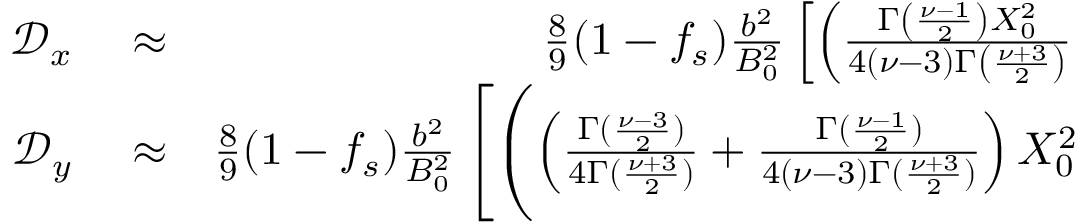
\begin{array} { r l r } { \mathcal { D } _ { x } } & { { } \approx } & { \frac { 8 } { 9 } ( 1 - f _ { s } ) \frac { b ^ { 2 } } { B _ { 0 } ^ { 2 } } \left[ \left( \frac { \Gamma \left( \frac { \nu - 1 } { 2 } \right) X _ { 0 } ^ { 2 } } { 4 ( \nu - 3 ) \Gamma \left( \frac { \nu + 3 } { 2 } \right) } \right. \right. } \\ { \mathcal { D } _ { y } } & { { } \approx } & { \frac { 8 } { 9 } ( 1 - f _ { s } ) \frac { b ^ { 2 } } { B _ { 0 } ^ { 2 } } \left[ \Biggl ( \left( \frac { \Gamma ( \frac { \nu - 3 } { 2 } ) } { 4 \Gamma ( \frac { \nu + 3 } { 2 } ) } + \frac { \Gamma ( \frac { \nu - 1 } { 2 } ) } { 4 ( \nu - 3 ) \Gamma ( \frac { \nu + 3 } { 2 } ) } \right) X _ { 0 } ^ { 2 } \right. \Biggr . } \end{array}